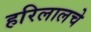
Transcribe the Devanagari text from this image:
हरिलालचे